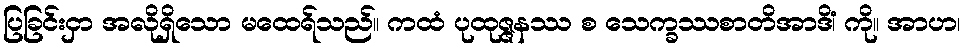
ပြခြင်းငှာ အလိုရှိသော မထေရ်သည်။ ကထံ ပုထုဇ္ဇနဿ စ သေက္ခဿစာတိအာဒိံ၊ ကို။ အာဟ၊